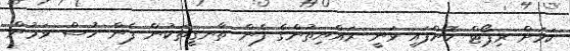
ކަމަށް ރިޕޯޓް ކޮށްފައި ވަނީ ރައްޔިތުންގެ ފެން ތާނގީތަކުން ފެން ހުސް ވަމުން